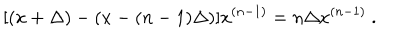
[ ( x + \Delta ) - ( x - ( n - 1 ) \Delta ) ] x ^ { ( n - 1 ) } = n \Delta x ^ { ( n - 1 ) } \ .